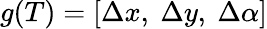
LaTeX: g(T)=[\Delta x,\ \Delta y,\ \Delta\alpha]